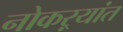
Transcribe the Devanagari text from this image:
नोकऱ्यांत